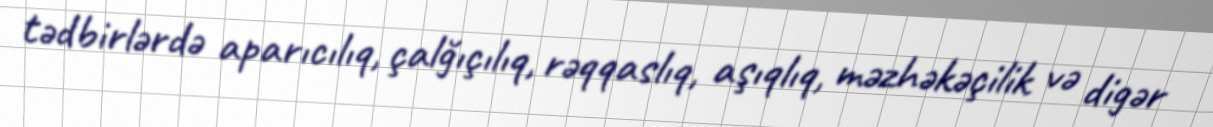
tədbirlərdə aparıcılıq, çalğıçılıq, rəqqaslıq, aşıqlıq, məzhəkəçilik və digər